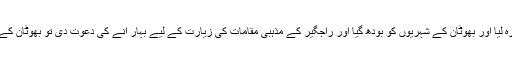
وہاں انہوں نے اگر بہار میں سیاحت کے فروغ کے امکانات کا جائزہ لیا اور بھوٹان کے شہریوں کو بودھ گیا اور راجگیر کے مذہبی مقامات کی زیارت کے لیے بہار آنے کی دعوت دی تو بھوٹان کے پن بجلی پروجیکٹ سے بھی فائدہ اٹھانے کے امکانات کا جائزہ لیا۔